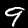
Digit: 9